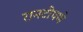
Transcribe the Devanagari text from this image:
रानटीपणे